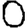
Digit: 0